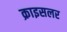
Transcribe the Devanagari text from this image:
क्राइसलर